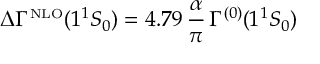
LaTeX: \Delta \Gamma ^ { \mathrm { { \scriptscriptstyle N L O } } } ( 1 { ^ 1 } S _ { 0 } ) = 4 . 7 9 \, \frac { \alpha } { \pi } \, \Gamma ^ { ( 0 ) } ( 1 { ^ 1 } S _ { 0 } )